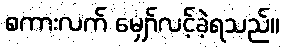
စကားလက် မျှော်လင့်ခဲ့ရသည်။